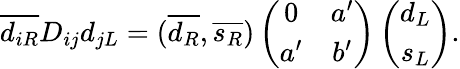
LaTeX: \overline{{{d_{iR}}}}D_{ij}d_{jL}=(\overline{{{d_{R}}}},\overline{{{s_{R}}}})\left(\begin{array}{cc}{{0}}&{{a^{\prime}}}\\ {{a^{\prime}}}&{{b^{\prime}}}\end{array}\right)\left(\begin{array}{c}{{d_{L}}}\\ {{s_{L}}}\end{array}\right).